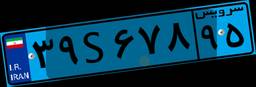
۳۹S۶۷۸۹۵